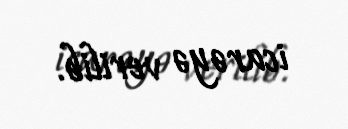
icarəyə verilib.